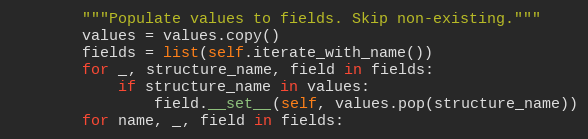
Language: Python
        """Populate values to fields. Skip non-existing."""
        values = values.copy()
        fields = list(self.iterate_with_name())
        for _, structure_name, field in fields:
            if structure_name in values:
                field.__set__(self, values.pop(structure_name))
        for name, _, field in fields: